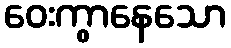
ဝေးကွာနေသော